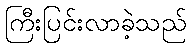
ကြီးပြင်းလာခဲ့သည်